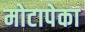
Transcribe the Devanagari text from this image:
मोटापेका